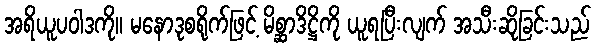
အရိယူပဝါဒကို။ မနောဒုစရိုက်ဖြင့် မိစ္ဆာဒိဋ္ဌိကို ယူရပြီးလျက် အသီးဆိုခြင်းသည်